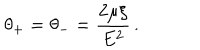
\: \theta _ { + } = \theta _ { - } = \frac { 2 \mu \xi } { E ^ { 2 } } \, . \: